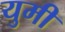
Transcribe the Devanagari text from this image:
युमी